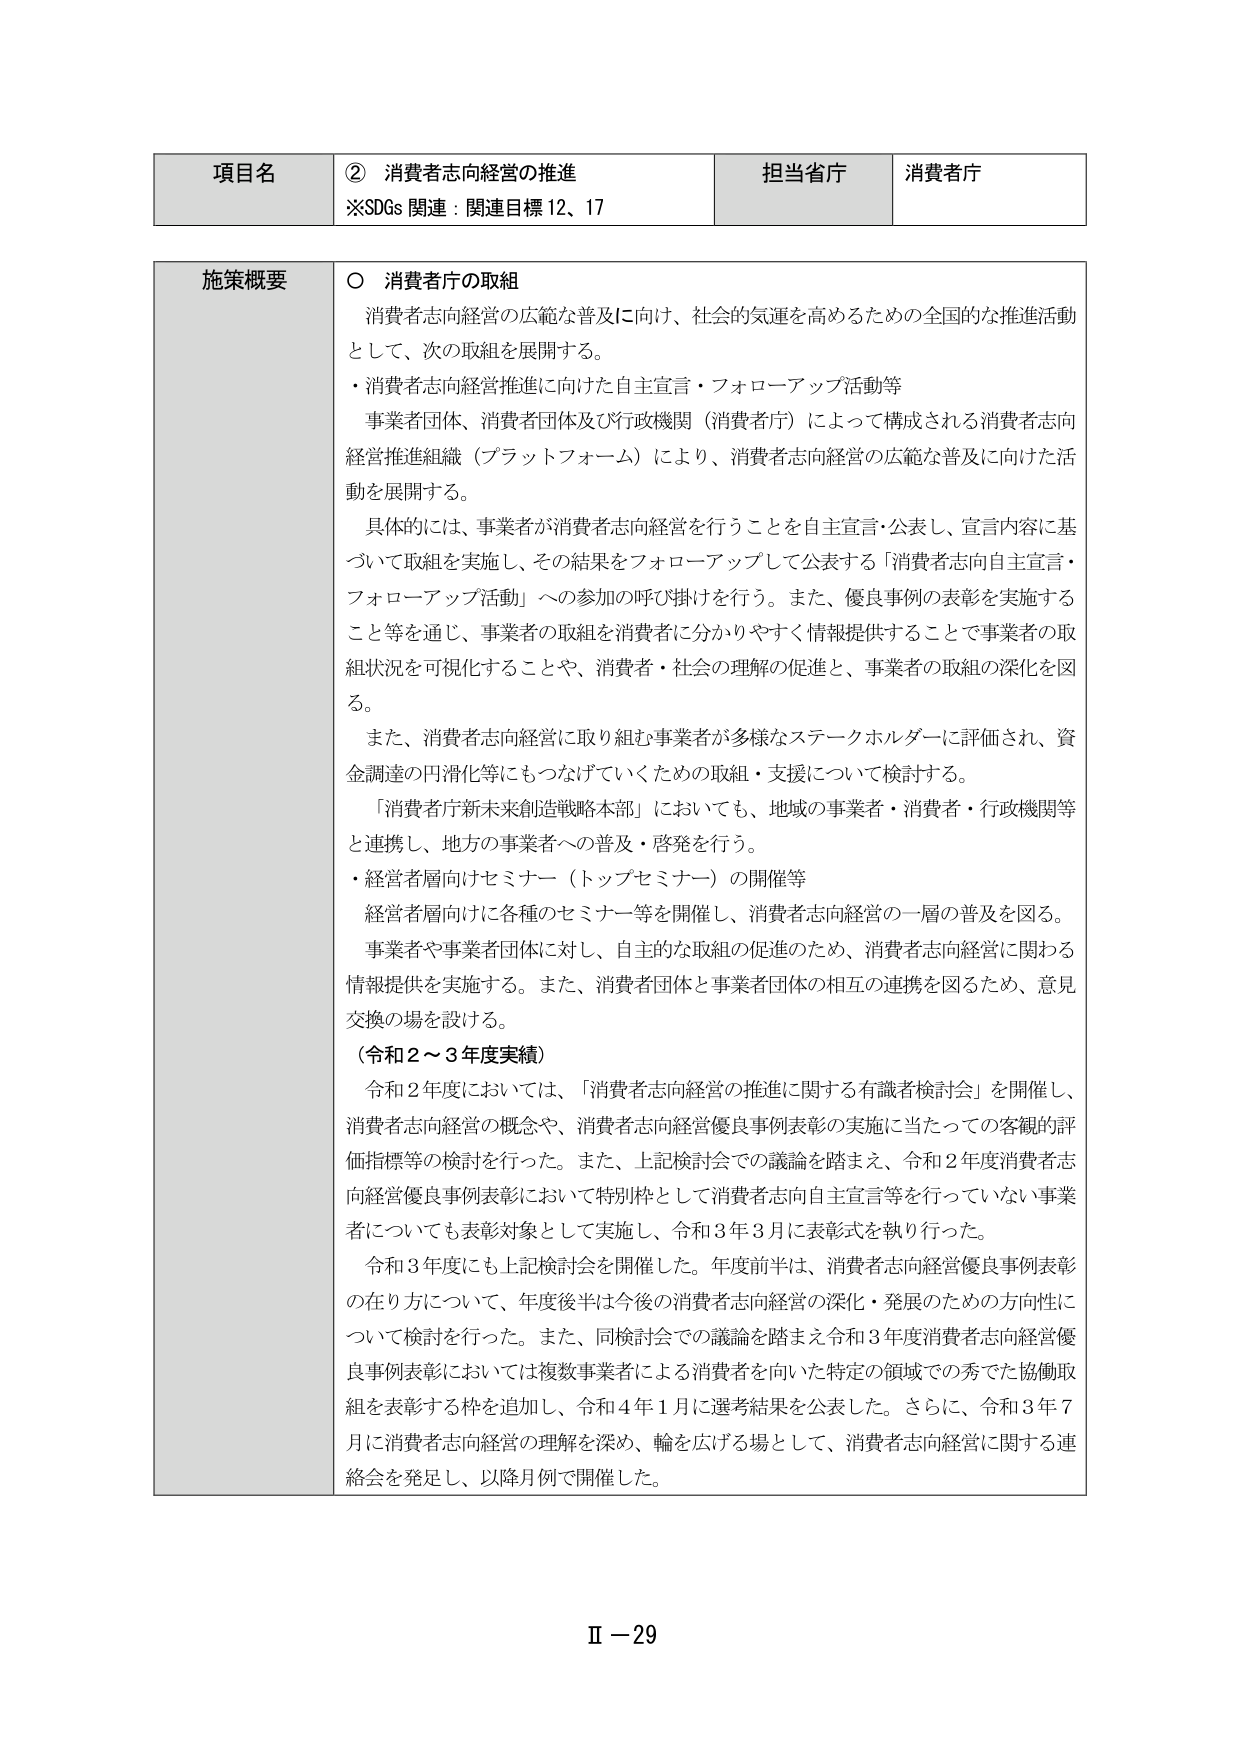
項目名 ② 消費者志向経営の推進
※SDGs 関連：関連目標 12、17 担当省庁 消費者庁

施策概要 ○ 消費者庁の取組
消費者志向経営の広範な普及に向け、社会的気運を高めるための全国的な推進活動
として、次の取組を展開する。
・消費者志向経営推進に向けた自主宣言・フォローアップ活動等
事業者団体、消費者団体及び行政機関（消費者庁）によって構成される消費者志向
経営推進組織（プラットフォーム）により、消費者志向経営の広範な普及に向けた活
動を展開する。
具体的には、事業者が消費者志向経営を行うことを自主宣言・公表し、宣言内容に基
づいて取組を実施し、その結果をフォローアップして公表する「消費者志向自主宣言・
フォローアップ活動」への参加の呼び掛けを行う。また、優良事例の表彰を実施する
こと等を通じ、事業者の取組を消費者に分かりやすく情報提供することで事業者の取
組状況を可視化することや、消費者・社会の理解の促進と、事業者の取組の深化を図
る。
また、消費者志向経営に取り組む事業者が多様なステークホルダーに評価され、資
金調達の円滑化等にもつなげていくための取組・支援について検討する。
「消費者庁新未来創造戦略本部」においても、地域の事業者・消費者・行政機関等
と連携し、地方の事業者への普及・啓発を行う。
・経営者層向けセミナー（トップセミナー）の開催等
経営者層向けに各種のセミナー等を開催し、消費者志向経営の一層の普及を図る。
事業者や事業者団体に対し、自主的な取組の促進のため、消費者志向経営に関わる
情報提供を実施する。また、消費者団体と事業者団体の相互の連携を図るため、意見
交換の場を設ける。
（令和２～３年度実績）
令和２年度においては、「消費者志向経営の推進に関する有識者検討会」を開催し、
消費者志向経営の概念や、消費者志向経営優良事例表彰の実施に当たっての客観的評
価指標等の検討を行った。また、上記検討会での議論を踏まえ、令和２年度消費者志
向経営優良事例表彰において特別枠として消費者志向自主宣言等を行っていない事業
者についても表彰対象として実施し、令和３年３月に表彰式を執り行った。
令和３年度にも上記検討会を開催した。年度前半は、消費者志向経営優良事例表彰
の在り方について、年度後半は今後の消費者志向経営の深化・発展のための方向性に
ついて検討を行った。また、同検討会での議論を踏まえ令和３年度消費者志向経営優
良事例表彰においては複数事業者による消費者を向けた特定の領域での秀でた協働取
組を表彰する枠を追加し、令和４年１月に選考結果を公表した。さらに、令和３年７
月に消費者志向経営の理解を深め、輪を広げる場として、消費者志向経営に関する連
絡会を発足し、以降月例で開催した。

Ⅱ－29